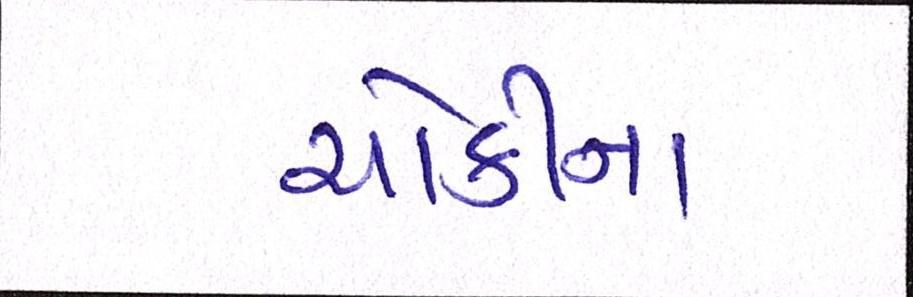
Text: ચોકીના